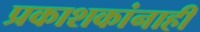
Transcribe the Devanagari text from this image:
प्रकाशकांनाही